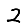
Digit: 2